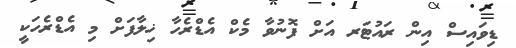
ޑިވައިސް އިން ރައުޓަރ އަށް ފޮނުވާ މެކް އެޑްރެހާ ޚިލާފަށް މި އެޑްރެހަކީ